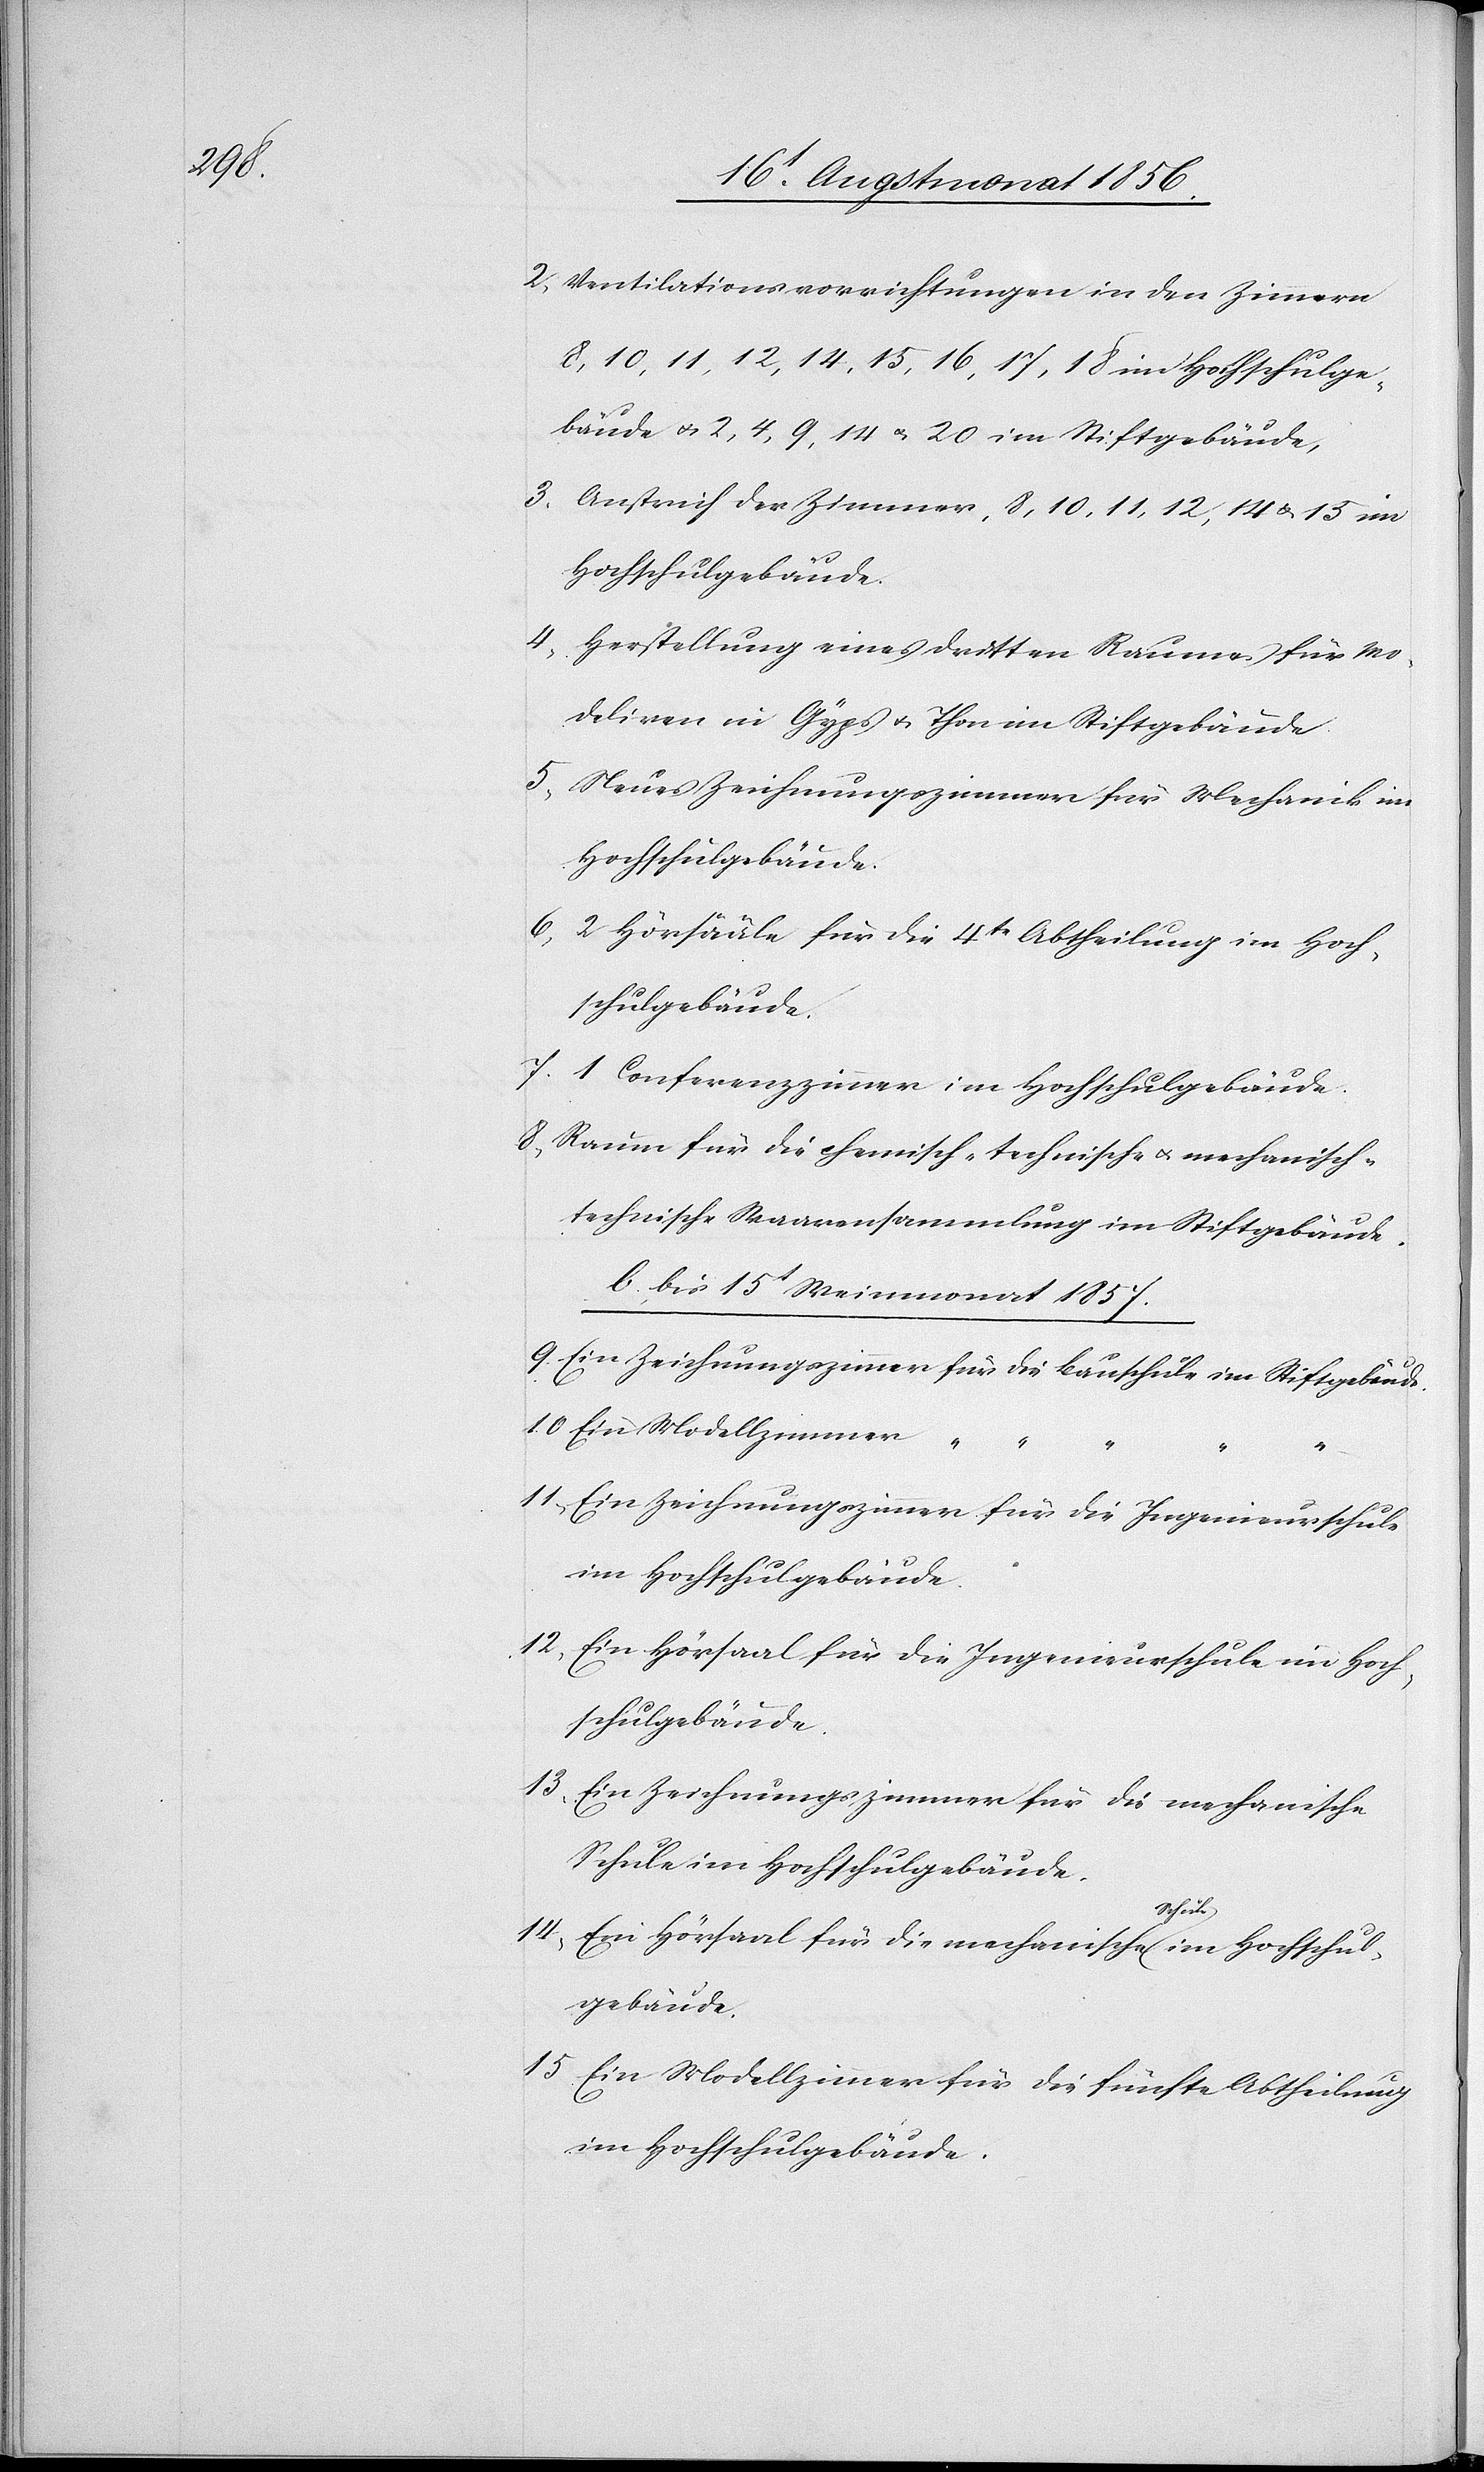
2.) Ventilationsvorrichtungen in den Zimmern
8, 10, 11, 12, 14, 15, 16, 17, 18 im Hochschulge¬
bäude u. 2, 4, 9, 14 u. 20 im Stiftgebäude,
3.) Anstrich der Zimmer, 8, 10, 11, 12, 14 u. 15 im
Hochschulgebäude.
4.) Herstellung eines dritten Raumes für Mo¬
deliren in Gyps u. Thon im Stiftgebäude.
5.) Neues Zeichnungszimmer für Mechanik im
Hochschulgebäude.
6.) 2 Hörsääle für die 4t Abtheilung im Hoch¬
schulgebäude.
7.) 1 Conferenzzimmer im Hochschulgebäude.
8.) Raum für die chemisch-technische u. mechanisch-t¬
echnische Waarensammlung im Stiftgebäude.
b.) bis 15t Weinmonat 1857.
9.) Ein Zeichnungszimmer für die Bauschule im Stiftgebäude.
10.) Ein Modellzimmer	“
e-a
11.) Ein Zeichnungszimmer für die Ingenieurschule
im Hochschulgebäude.
12.) Ein Hörsaal für die Ingenieurschule im Hoch¬
schulgebäude.
13.) Ein Zeichnungszimmer für die mechanische
Schule im Hochschulgebäude.
14.) Ein Hörsaal für die mechanische a-Schul¬
15.) Ein Modellzimmer für die fünfte Abtheilung
im Hochschulgebäude.